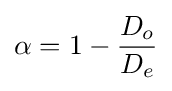
\alpha =1-{\frac {D_{o}}{D_{e}}}